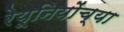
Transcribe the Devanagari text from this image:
रेयूनियोंच्या